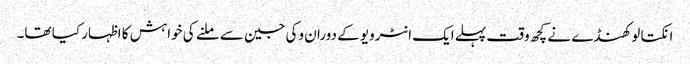
انکتا لوکھنڈے نے کچھ وقت پہلے ایک انٹرویو کے دوران وکی جین سے ملنے کی خواہش کا اظہار کیا تھا۔